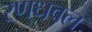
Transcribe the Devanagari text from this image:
रणधवल